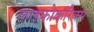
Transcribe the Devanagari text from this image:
लाइकोकॉरेक्स